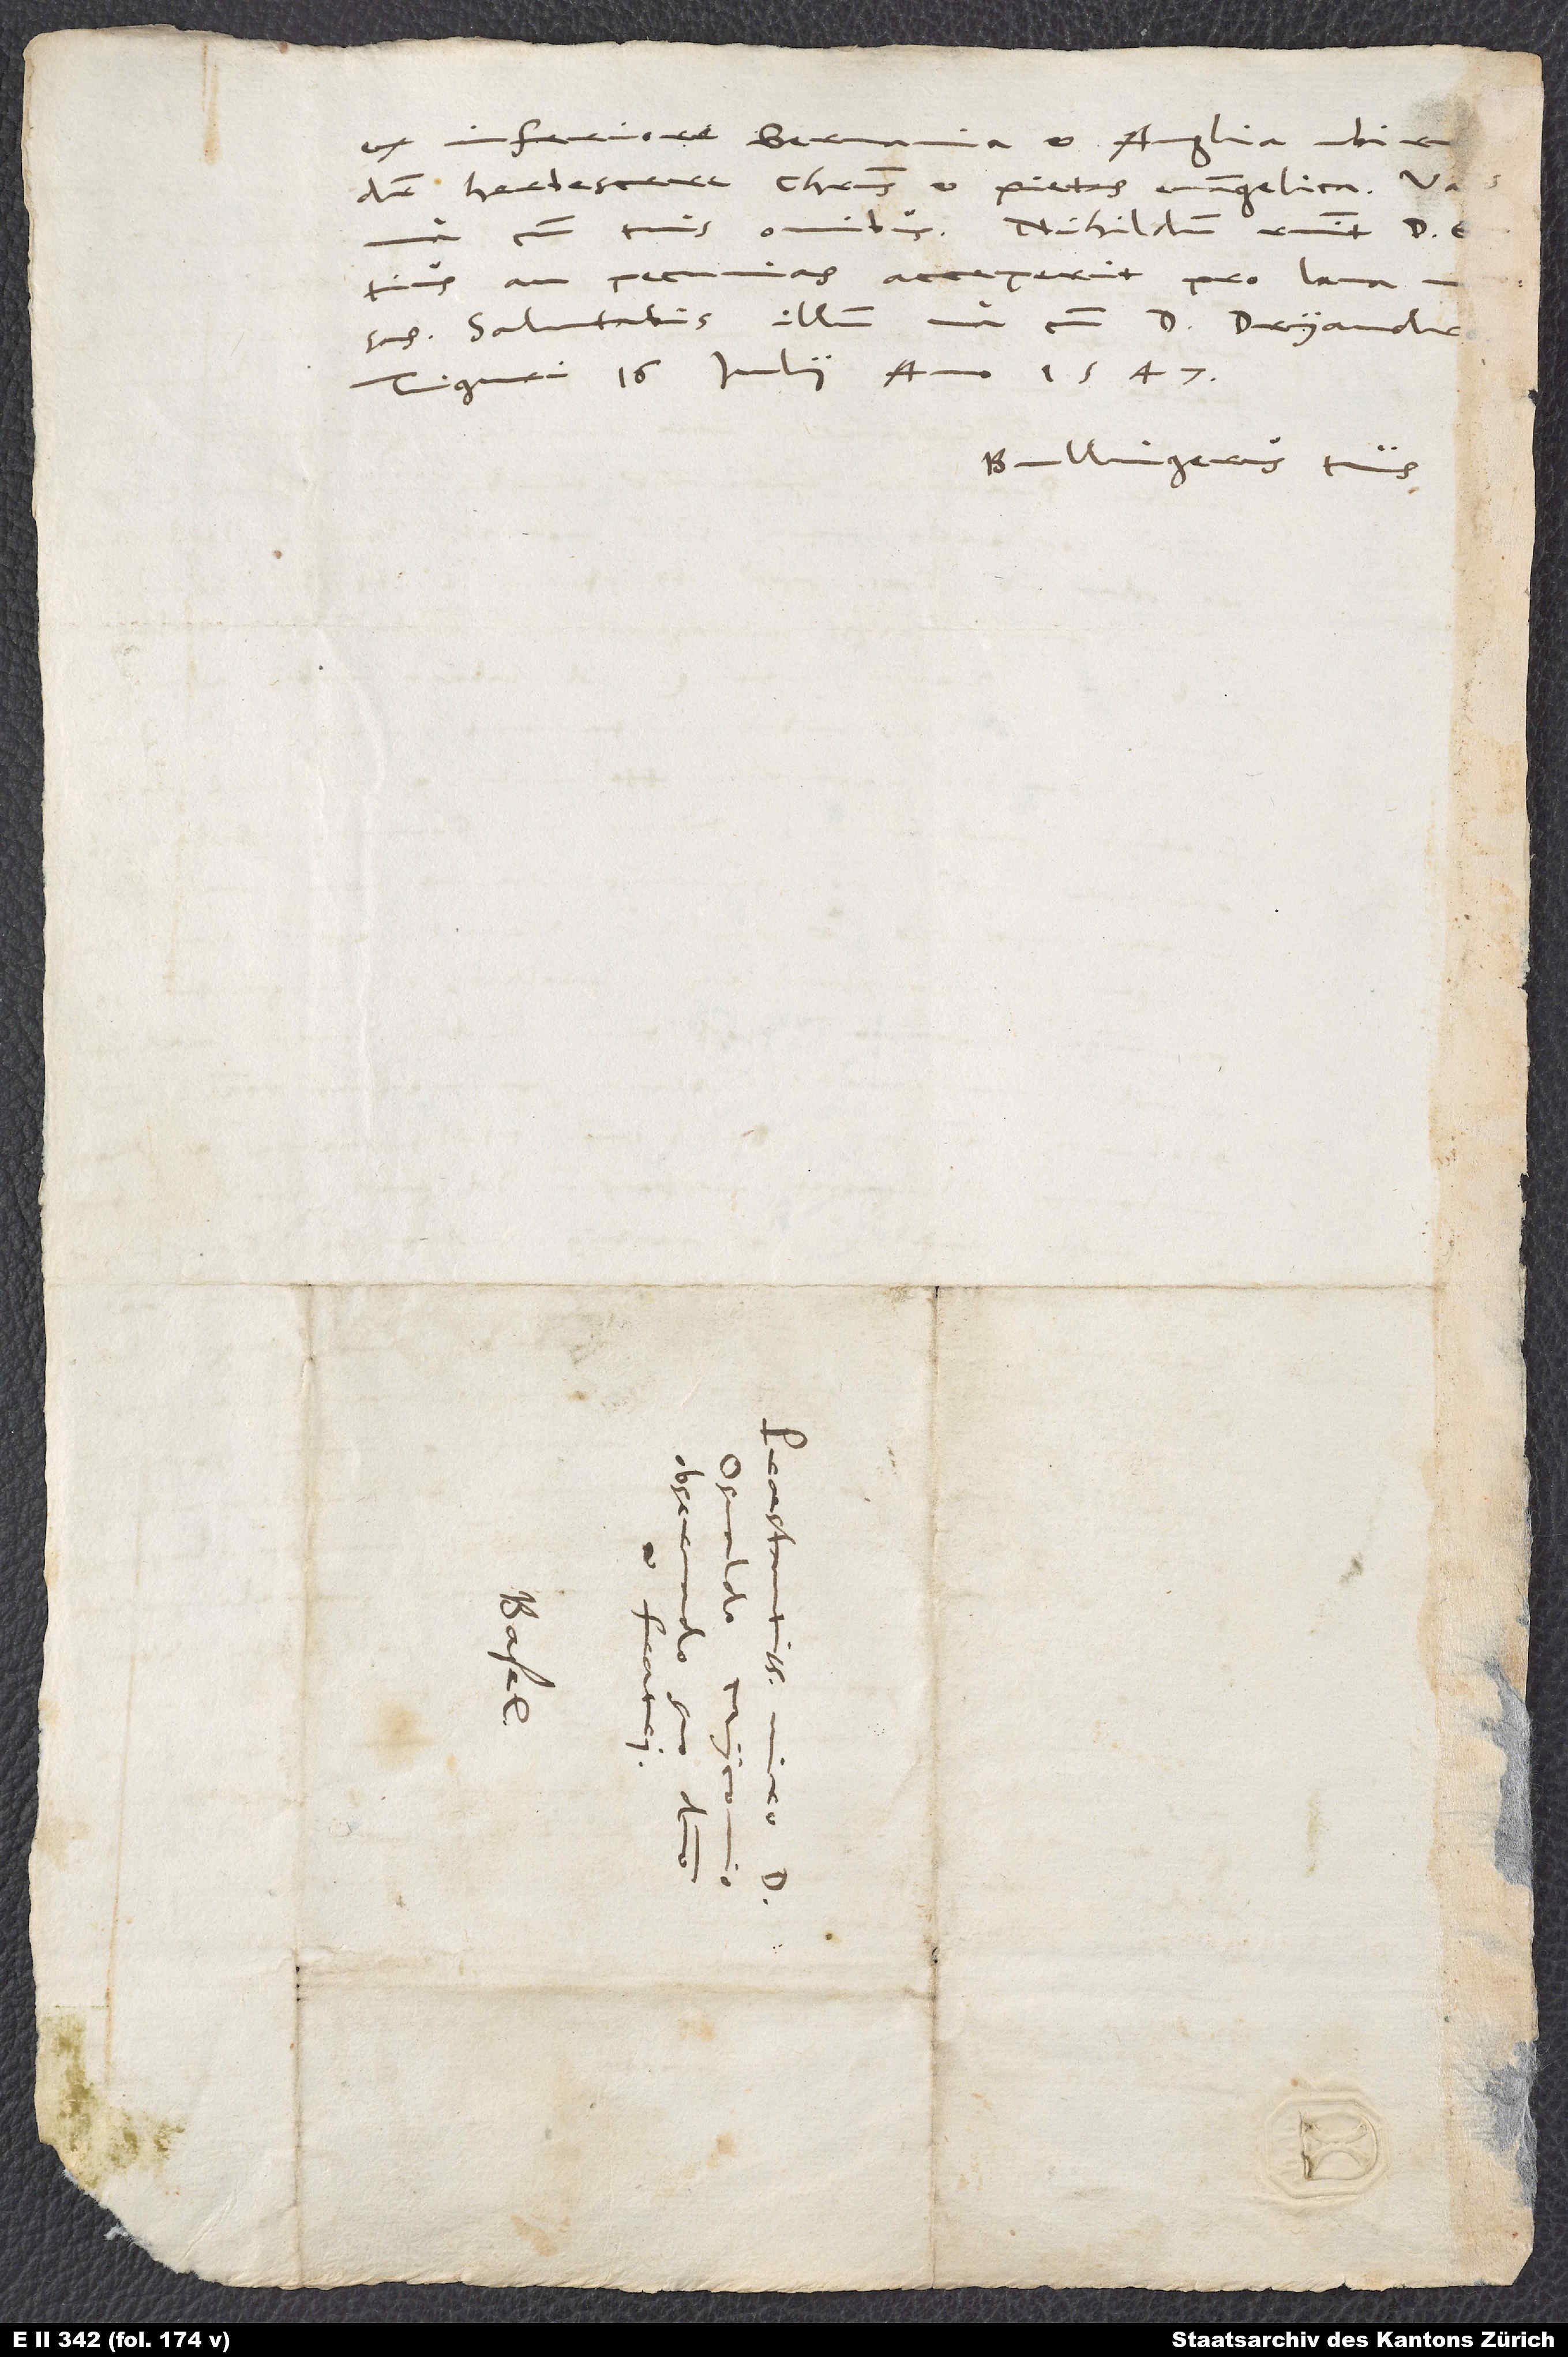
ex Inferiore Germania et Anglia, ubi ru
dicitur herbescere Christus et pietas evangelica,
Tiguri, 16. iulii anno 1547.
Bullingerus tuus.